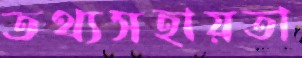
তথ্যসহায়তা